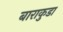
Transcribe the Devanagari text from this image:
बाराकुडा